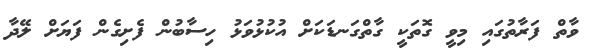
ވާތް ފަރާތުގައި މިވީ ގޮތަކީ ގާތްގަނޑަކަށް އުކުޅުވަޅު ހިސާބުން ފެށިގެން ފަޔަށް ލޭދާ